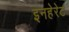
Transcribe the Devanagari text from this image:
इनहेरेटं